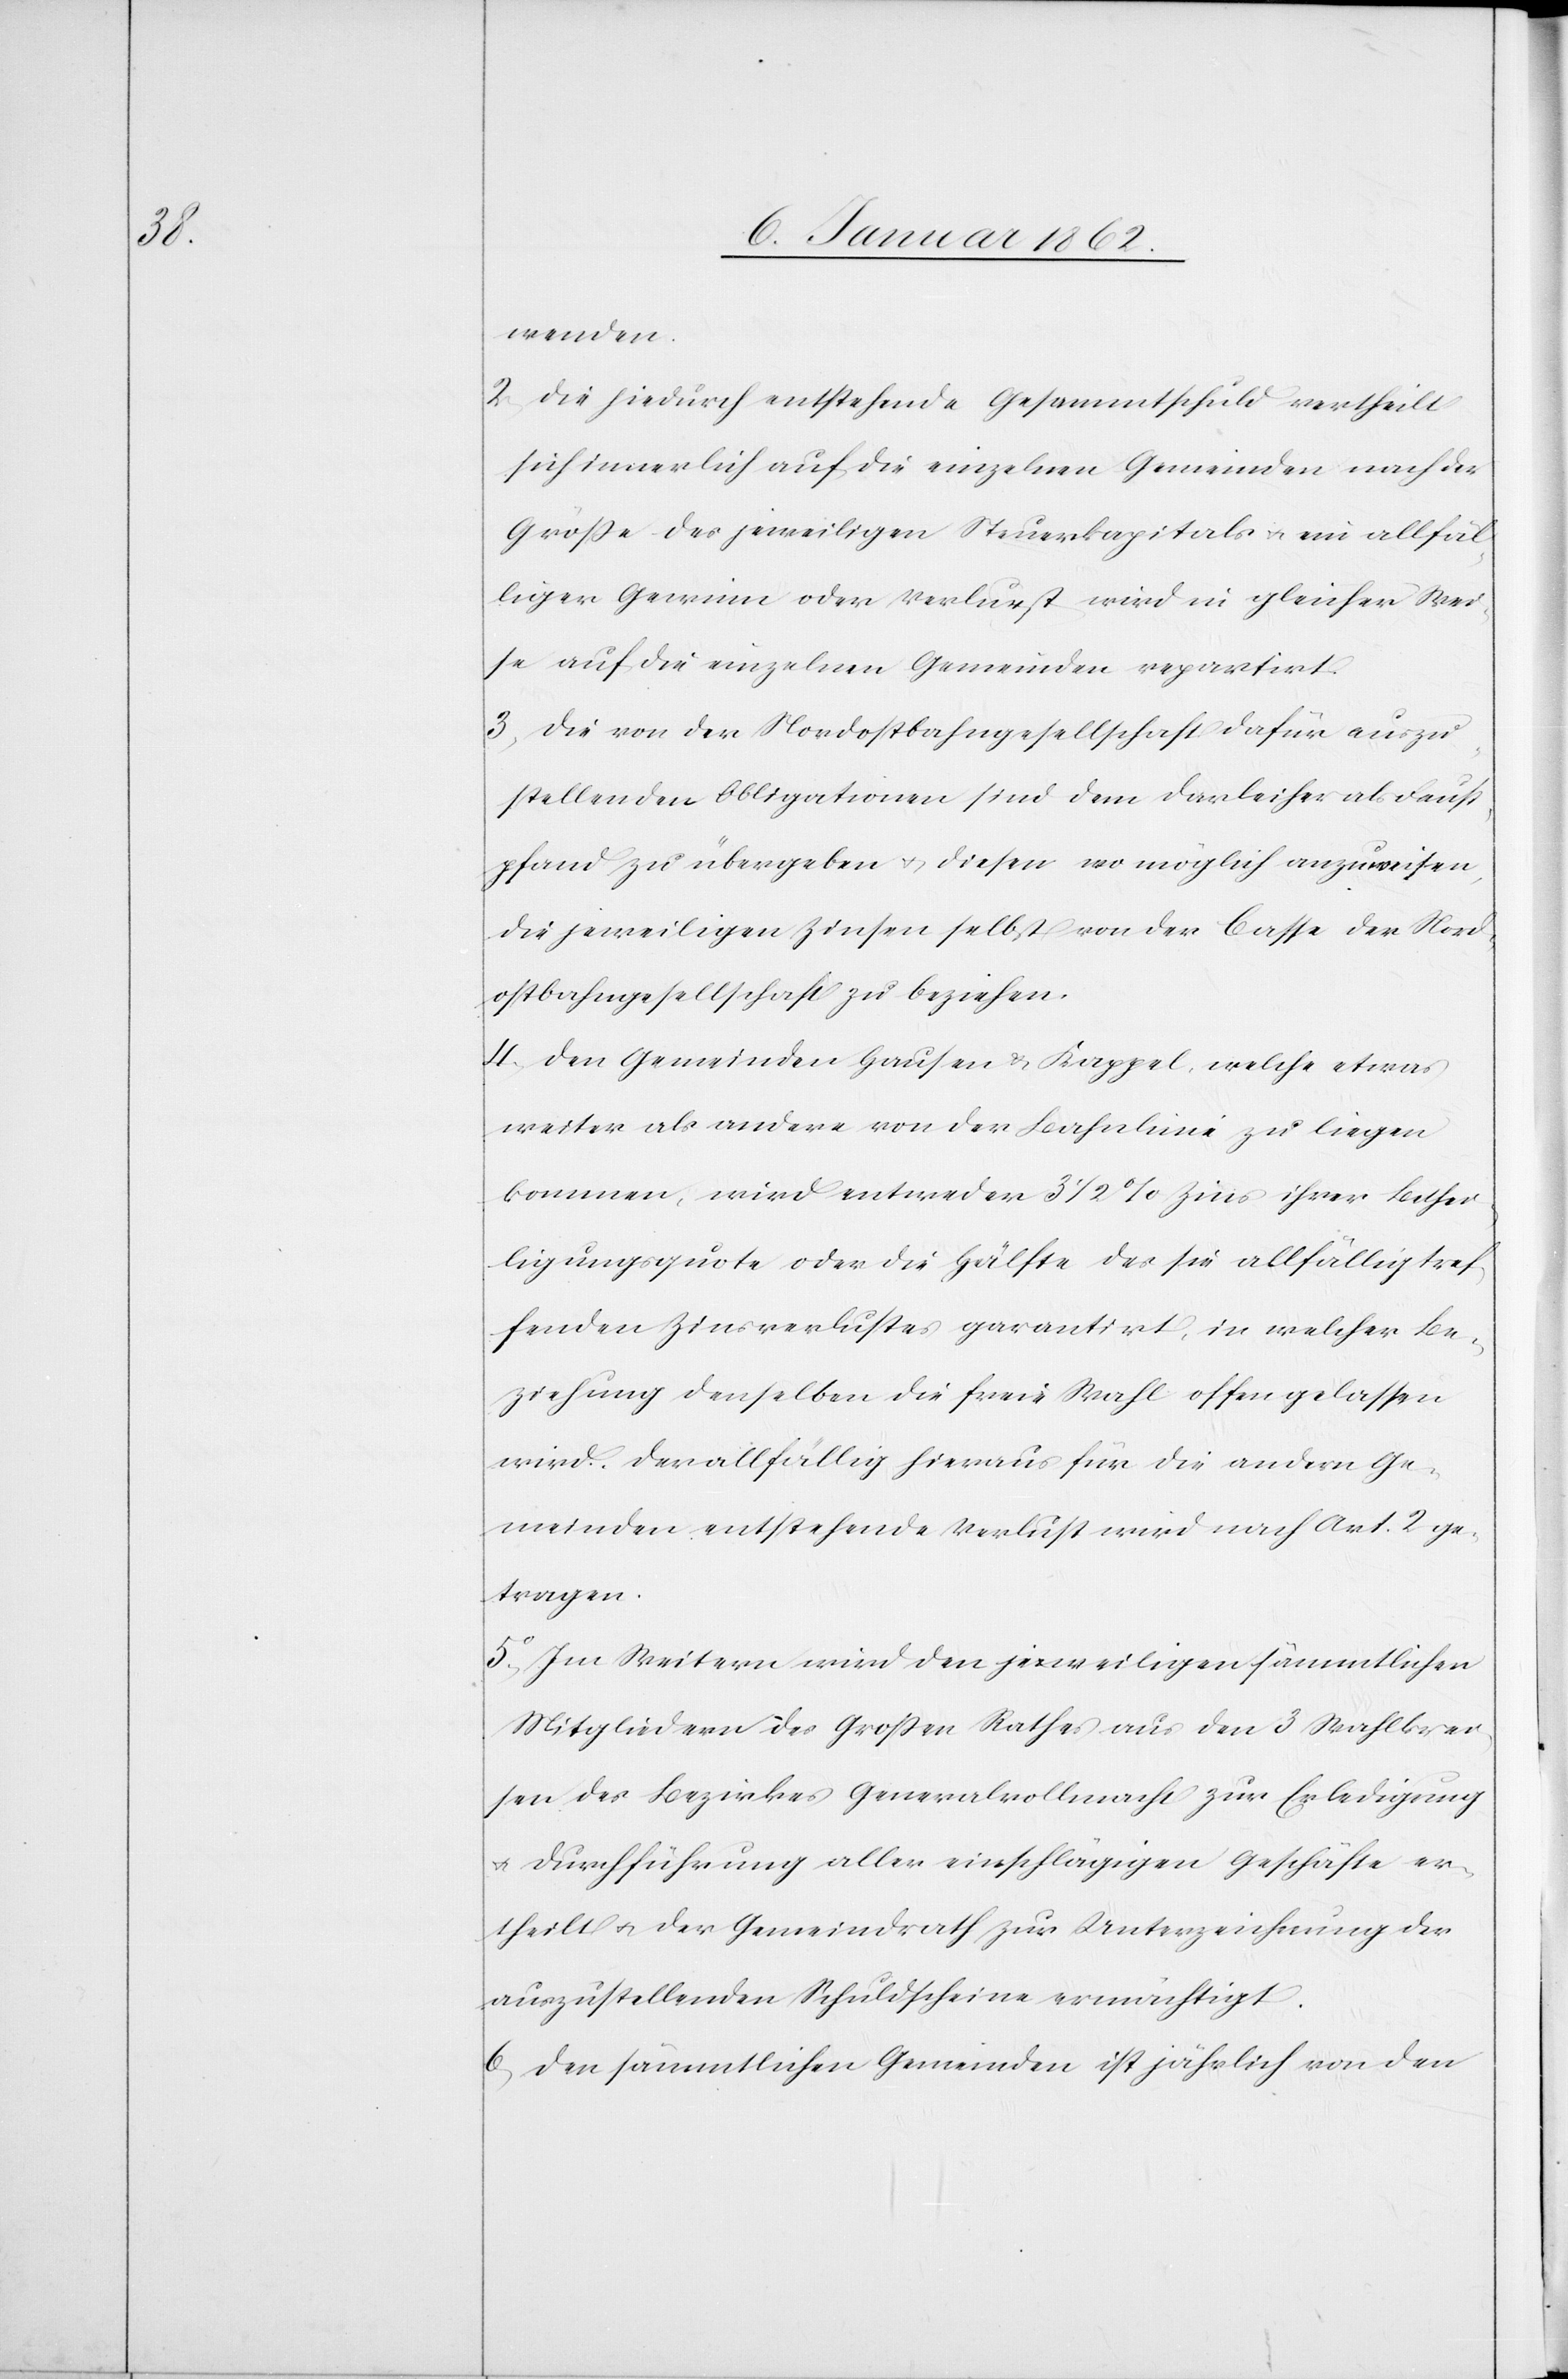
wenden.
2. Die hiedurch entstehende Gesammtschuld vertheilt
sich innerlich auf die einzelnen Gemeinden nach der
Größe des jeweiligen Steuerkapitals u. ein allfäl¬
liger Gewinn oder Verlurst wird in gleicher Wei¬
se auf die einzelnen Gemeinden repartirt.
3. Die von der Nordostbahngesellschaft dafür auszu¬
stellenden Obligationen sind dem Darleiher als Faust¬
pfand zu übergeben u. diesen wo möglich anzuweisen,
die jeweiligen Zinsen selbst von der Casse der Nord¬
ostbahngesellschaft zu beziehen.
4. Den Gemeinden Hausen u. Kappel, welche etwas
weiter als andere von der Bahnlinie zu liegen
kommen, wird entweder 3 1/2% Zins ihrer Bethei¬
ligungsquote oder die Hälfte des sie allfällig tref¬
fenden Zinsverlustes garantirt, in welcher Be¬
ziehung denselben die freie Wahl offen gelassen
wird. Der allfällig hieraus für die andern Ge¬
meinden entstehende Verlust wird nach Art. 2 ge¬
tragen.
5. Im Weitern wird den jeweiligen sämmtlichen
Mitgliedern des Großen Rathes aus den 3 Wahlkrei¬
sen des Bezirkes Generalvollmacht zur Erledigung
u. Durchführung aller einschlägigen Geschäfte er¬
theilt u. der Gemeindrath zur Unterzeichnung der
auszustellenden Schuldscheine ermächtigt.
6. Den sämmtlichen Gemeinden ist jährlich von den